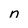
Character: n